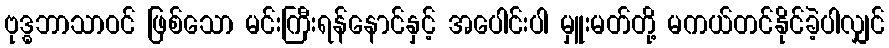
ဗုဒ္ဓဘာသာဝင် ဖြစ်သော မင်းကြီးရန်နောင်နှင့် အပေါင်းပါ မှူးမတ်တို့ မကယ်တင်နိုင်ခဲ့ပါလျှင်